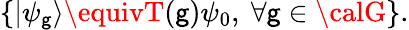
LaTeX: \{ |\psi_{\mathsf{g}}\rangle\equivT(\mathsf{g})\psi_{0},\ \forall\mathsf{g}\in{\calG}\} .